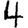
Digit: 4